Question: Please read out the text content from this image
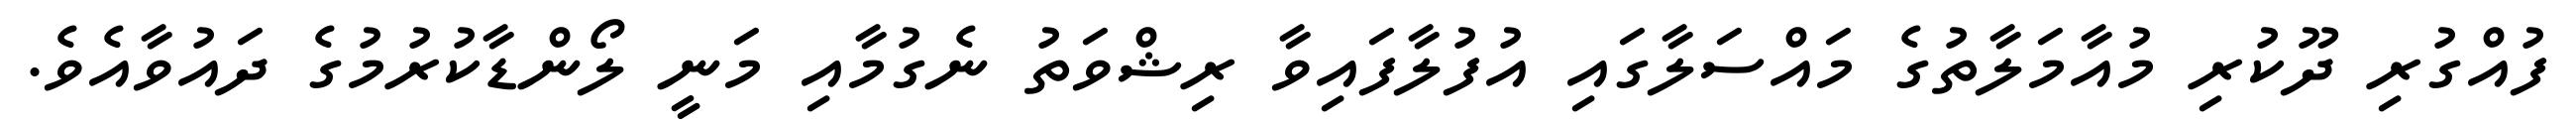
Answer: ފުއްގުރި ދޫކުރި މުއާމަލާތުގެ މައްސަލާގައި އުފުލާފައިވާ ރިޝްވަތު ނެގުމާއި މަނީ ލޯންޑާކުރުމުގެ ދައުވާއެވެ.